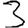
Digit: 3